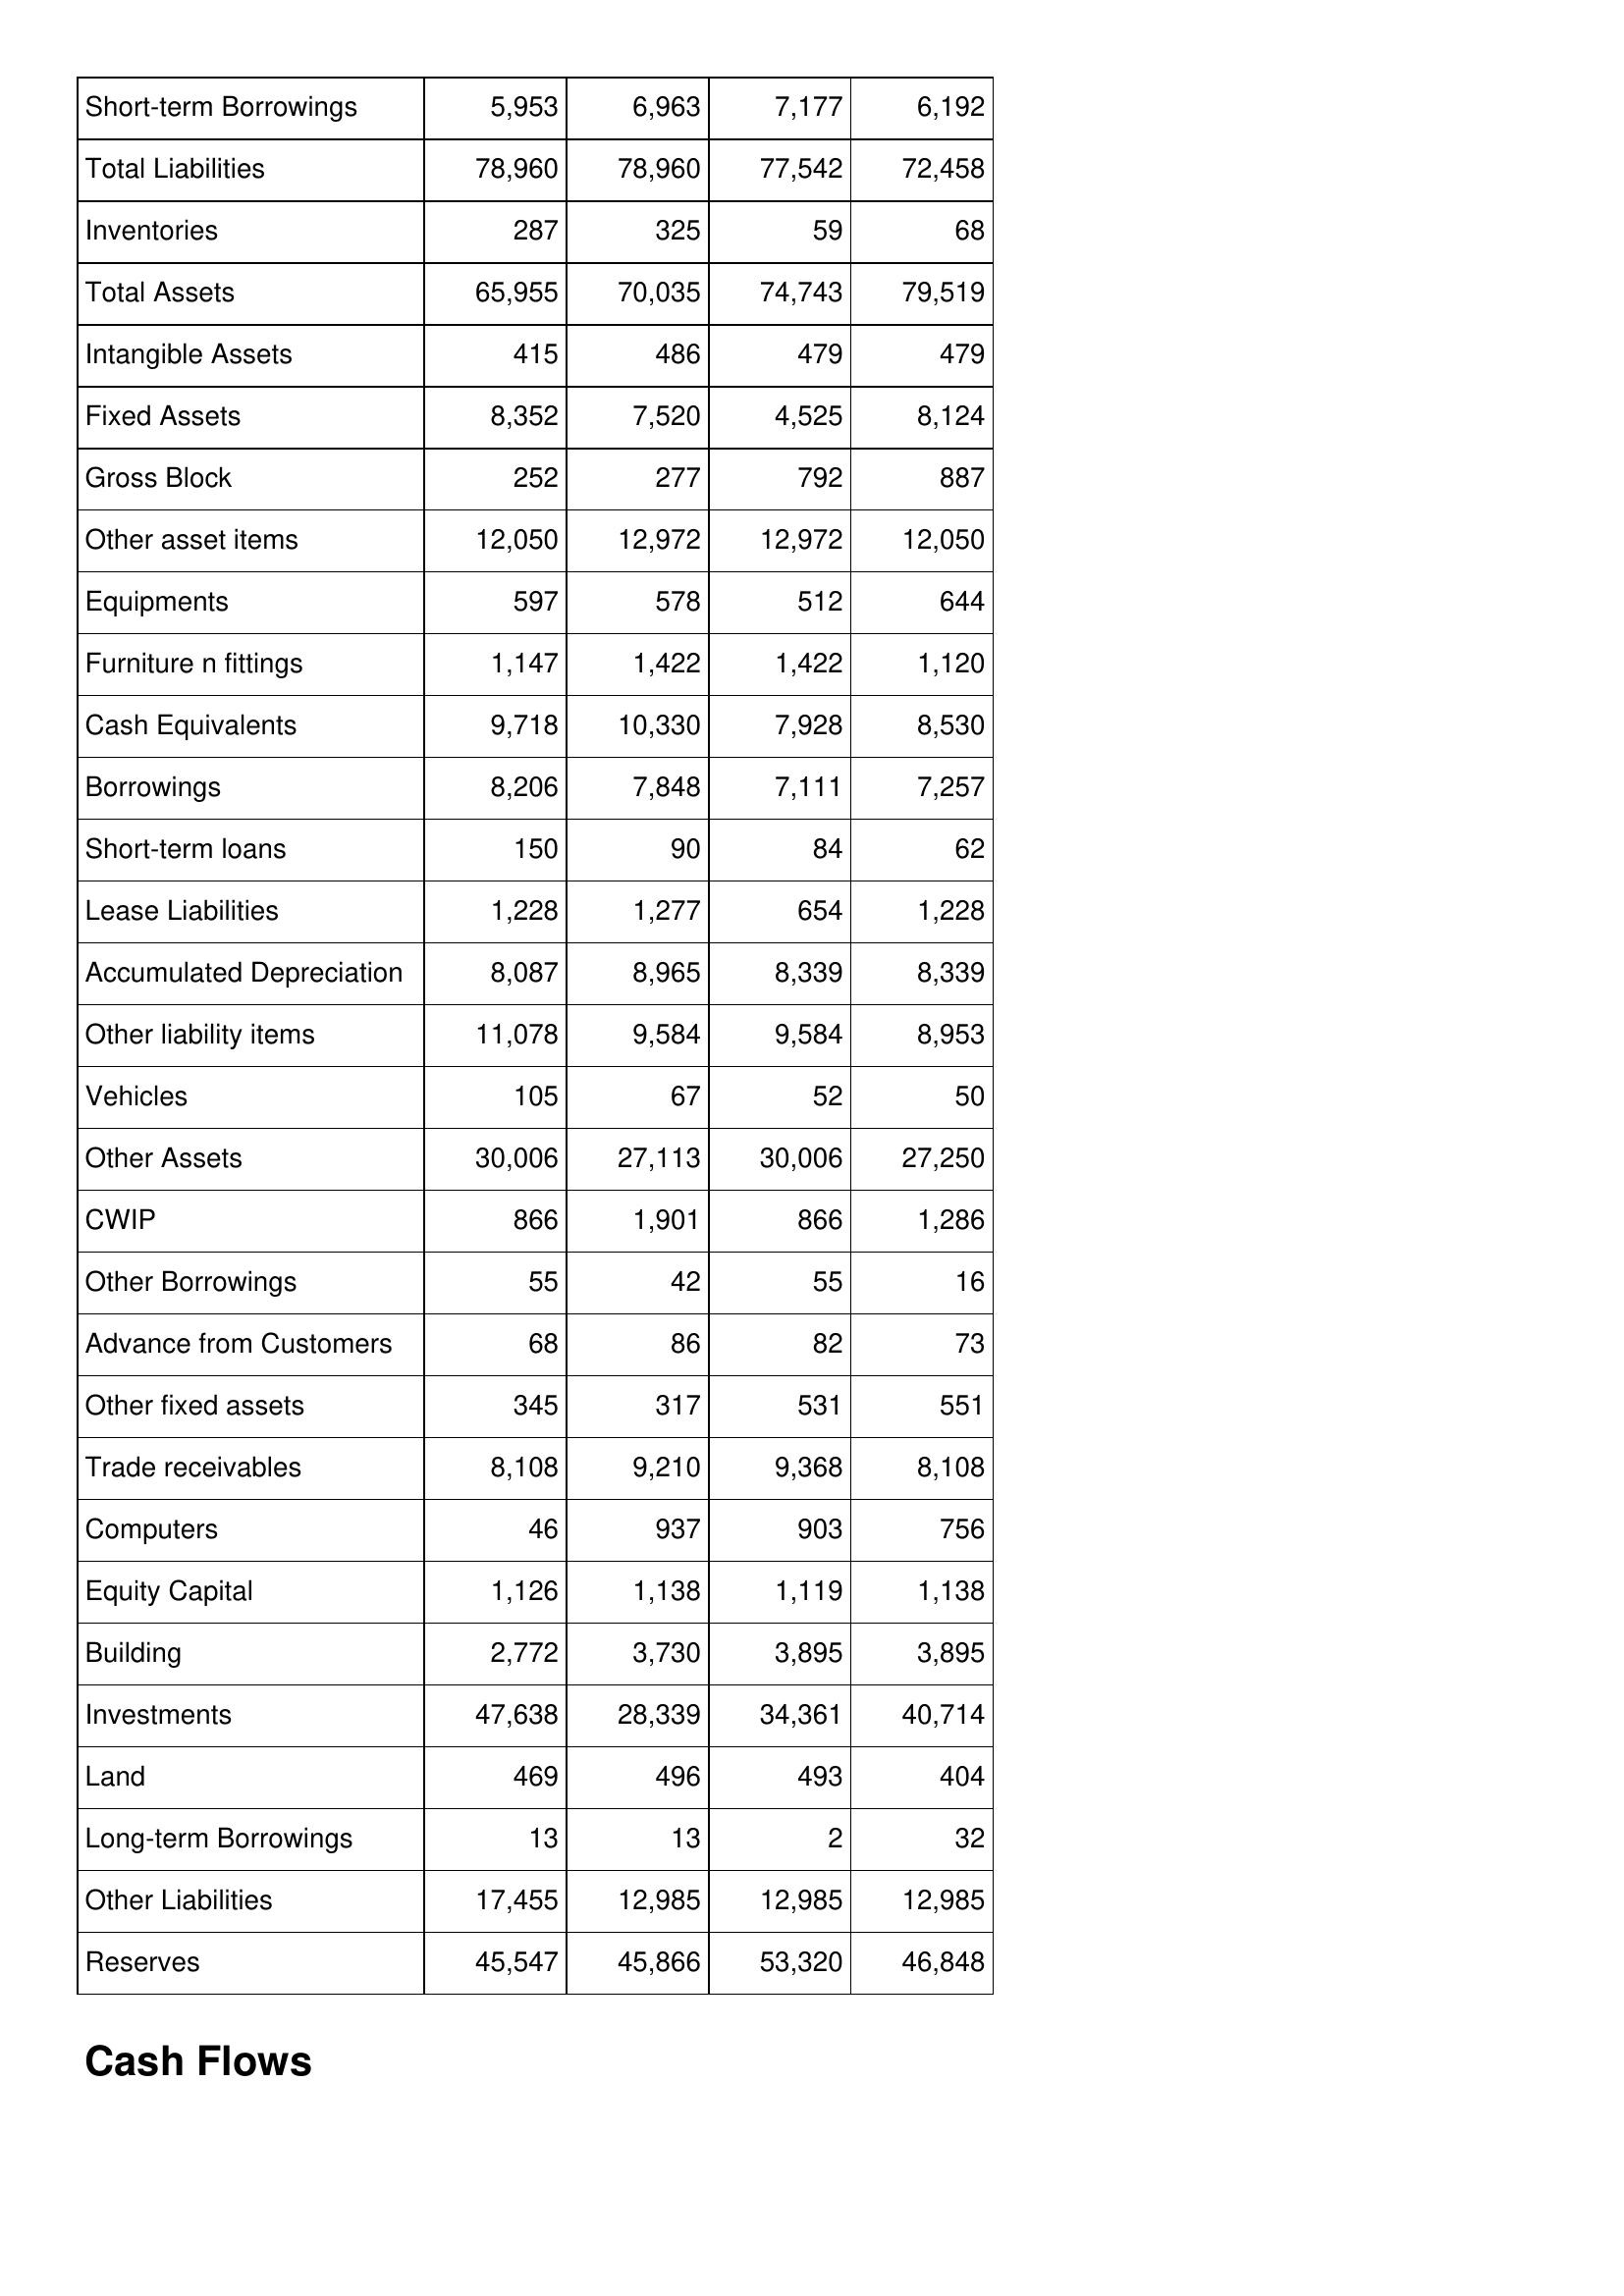
Mar-98: Balance Sheet: Short-term Borrowings: 5,953
Total Liabilities: 78,960
Inventories: 287
Total Assets: 65,955
Intangible Assets: 415
Fixed Assets: 8,352
Gross Block: 252
Other asset items: 12,050
Equipments: 597
Furniture n fittings: 1,147
Cash Equivalents: 9,718
Borrowings: 8,206
Short-term loans: 150
Lease Liabilities: 1,228
Accumulated Depreciation: 8,087
Other liability items: 11,078
Vehicles: 105
Other Assets: 30,006
CWIP: 866
Other Borrowings: 55
Advance from Customers: 68
Other fixed assets: 345
Trade receivables: 8,108
Computers: 46
Equity Capital: 1,126
Building: 2,772
Investments: 47,638
Land: 469
Long-term Borrowings: 13
Other Liabilities: 17,455
Reserves: 45,547
Mar-97: Balance Sheet: Short-term Borrowings: 6,963
Total Liabilities: 78,960
Inventories: 325
Total Assets: 70,035
Intangible Assets: 486
Fixed Assets: 7,520
Gross Block: 277
Other asset items: 12,972
Equipments: 578
Furniture n fittings: 1,422
Cash Equivalents: 10,330
Borrowings: 7,848
Short-term loans: 90
Lease Liabilities: 1,277
Accumulated Depreciation: 8,965
Other liability items: 9,584
Vehicles: 67
Other Assets: 27,113
CWIP: 1,901
Other Borrowings: 42
Advance from Customers: 86
Other fixed assets: 317
Trade receivables: 9,210
Computers: 937
Equity Capital: 1,138
Building: 3,730
Investments: 28,339
Land: 496
Long-term Borrowings: 13
Other Liabilities: 12,985
Reserves: 45,866
Mar-96: Balance Sheet: Short-term Borrowings: 7,177
Total Liabilities: 77,542
Inventories: 59
Total Assets: 74,743
Intangible Assets: 479
Fixed Assets: 4,525
Gross Block: 792
Other asset items: 12,972
Equipments: 512
Furniture n fittings: 1,422
Cash Equivalents: 7,928
Borrowings: 7,111
Short-term loans: 84
Lease Liabilities: 654
Accumulated Depreciation: 8,339
Other liability items: 9,584
Vehicles: 52
Other Assets: 30,006
CWIP: 866
Other Borrowings: 55
Advance from Customers: 82
Other fixed assets: 531
Trade receivables: 9,368
Computers: 903
Equity Capital: 1,119
Building: 3,895
Investments: 34,361
Land: 493
Long-term Borrowings: 2
Other Liabilities: 12,985
Reserves: 53,320
Mar-95: Balance Sheet: Short-term Borrowings: 6,192
Total Liabilities: 72,458
Inventories: 68
Total Assets: 79,519
Intangible Assets: 479
Fixed Assets: 8,124
Gross Block: 887
Other asset items: 12,050
Equipments: 644
Furniture n fittings: 1,120
Cash Equivalents: 8,530
Borrowings: 7,257
Short-term loans: 62
Lease Liabilities: 1,228
Accumulated Depreciation: 8,339
Other liability items: 8,953
Vehicles: 50
Other Assets: 27,250
CWIP: 1,286
Other Borrowings: 16
Advance from Customers: 73
Other fixed assets: 551
Trade receivables: 8,108
Computers: 756
Equity Capital: 1,138
Building: 3,895
Investments: 40,714
Land: 404
Long-term Borrowings: 32
Other Liabilities: 12,985
Reserves: 46,848